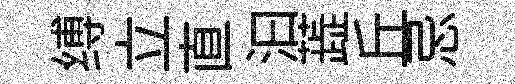
缚立直汩蕋丘忌